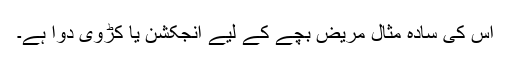
اس کی سادہ مثال مریض بچے کے لیے انجکشن یا کڑوی دوا ہے۔